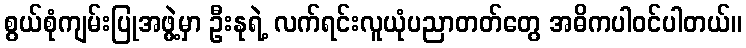
စွယ်စုံကျမ်းပြုအဖွဲ့မှာ ဦးနုရဲ့ လက်ရင်းလူယုံပညာတတ်တွေ အဓိကပါဝင်ပါတယ်။